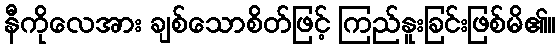
နီကိုလေအား ချစ်သောစိတ်ဖြင့် ကြည်နူးခြင်းဖြစ်မိ၏။